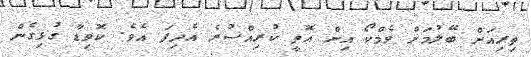
ތިރިއަށް ބޭލުމަށް ވެމްކޯ އިން އޮތީ ކުރިއްސުރެ އެދިފަ އެވެ. ކޮވިޑާ ގުޅިގެން